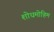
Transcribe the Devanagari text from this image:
शोधमोहिम